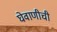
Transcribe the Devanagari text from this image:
घेवाणीची